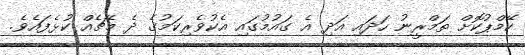
ކޭމްޕުކޮށް ތަމްރީނު ހަދައި އަދި އެ ގައުމުގައި އެކުވެރިކަމުގެ ދެ މެޗެއް ކުޅެފައެވެ.